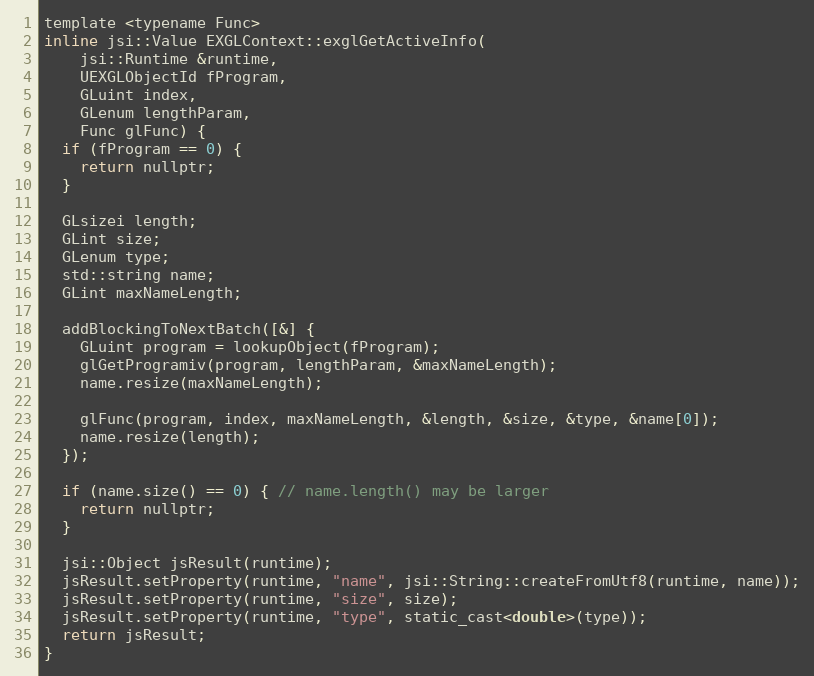
Language: C
template <typename Func>
inline jsi::Value EXGLContext::exglGetActiveInfo(
    jsi::Runtime &runtime,
    UEXGLObjectId fProgram,
    GLuint index,
    GLenum lengthParam,
    Func glFunc) {
  if (fProgram == 0) {
    return nullptr;
  }

  GLsizei length;
  GLint size;
  GLenum type;
  std::string name;
  GLint maxNameLength;

  addBlockingToNextBatch([&] {
    GLuint program = lookupObject(fProgram);
    glGetProgramiv(program, lengthParam, &maxNameLength);
    name.resize(maxNameLength);

    glFunc(program, index, maxNameLength, &length, &size, &type, &name[0]);
    name.resize(length);
  });

  if (name.size() == 0) { // name.length() may be larger
    return nullptr;
  }

  jsi::Object jsResult(runtime);
  jsResult.setProperty(runtime, "name", jsi::String::createFromUtf8(runtime, name));
  jsResult.setProperty(runtime, "size", size);
  jsResult.setProperty(runtime, "type", static_cast<double>(type));
  return jsResult;
}